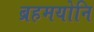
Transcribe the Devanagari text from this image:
ब्रहमयोनि